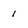
Character: 1